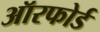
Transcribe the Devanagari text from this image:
ऑरफोर्ड